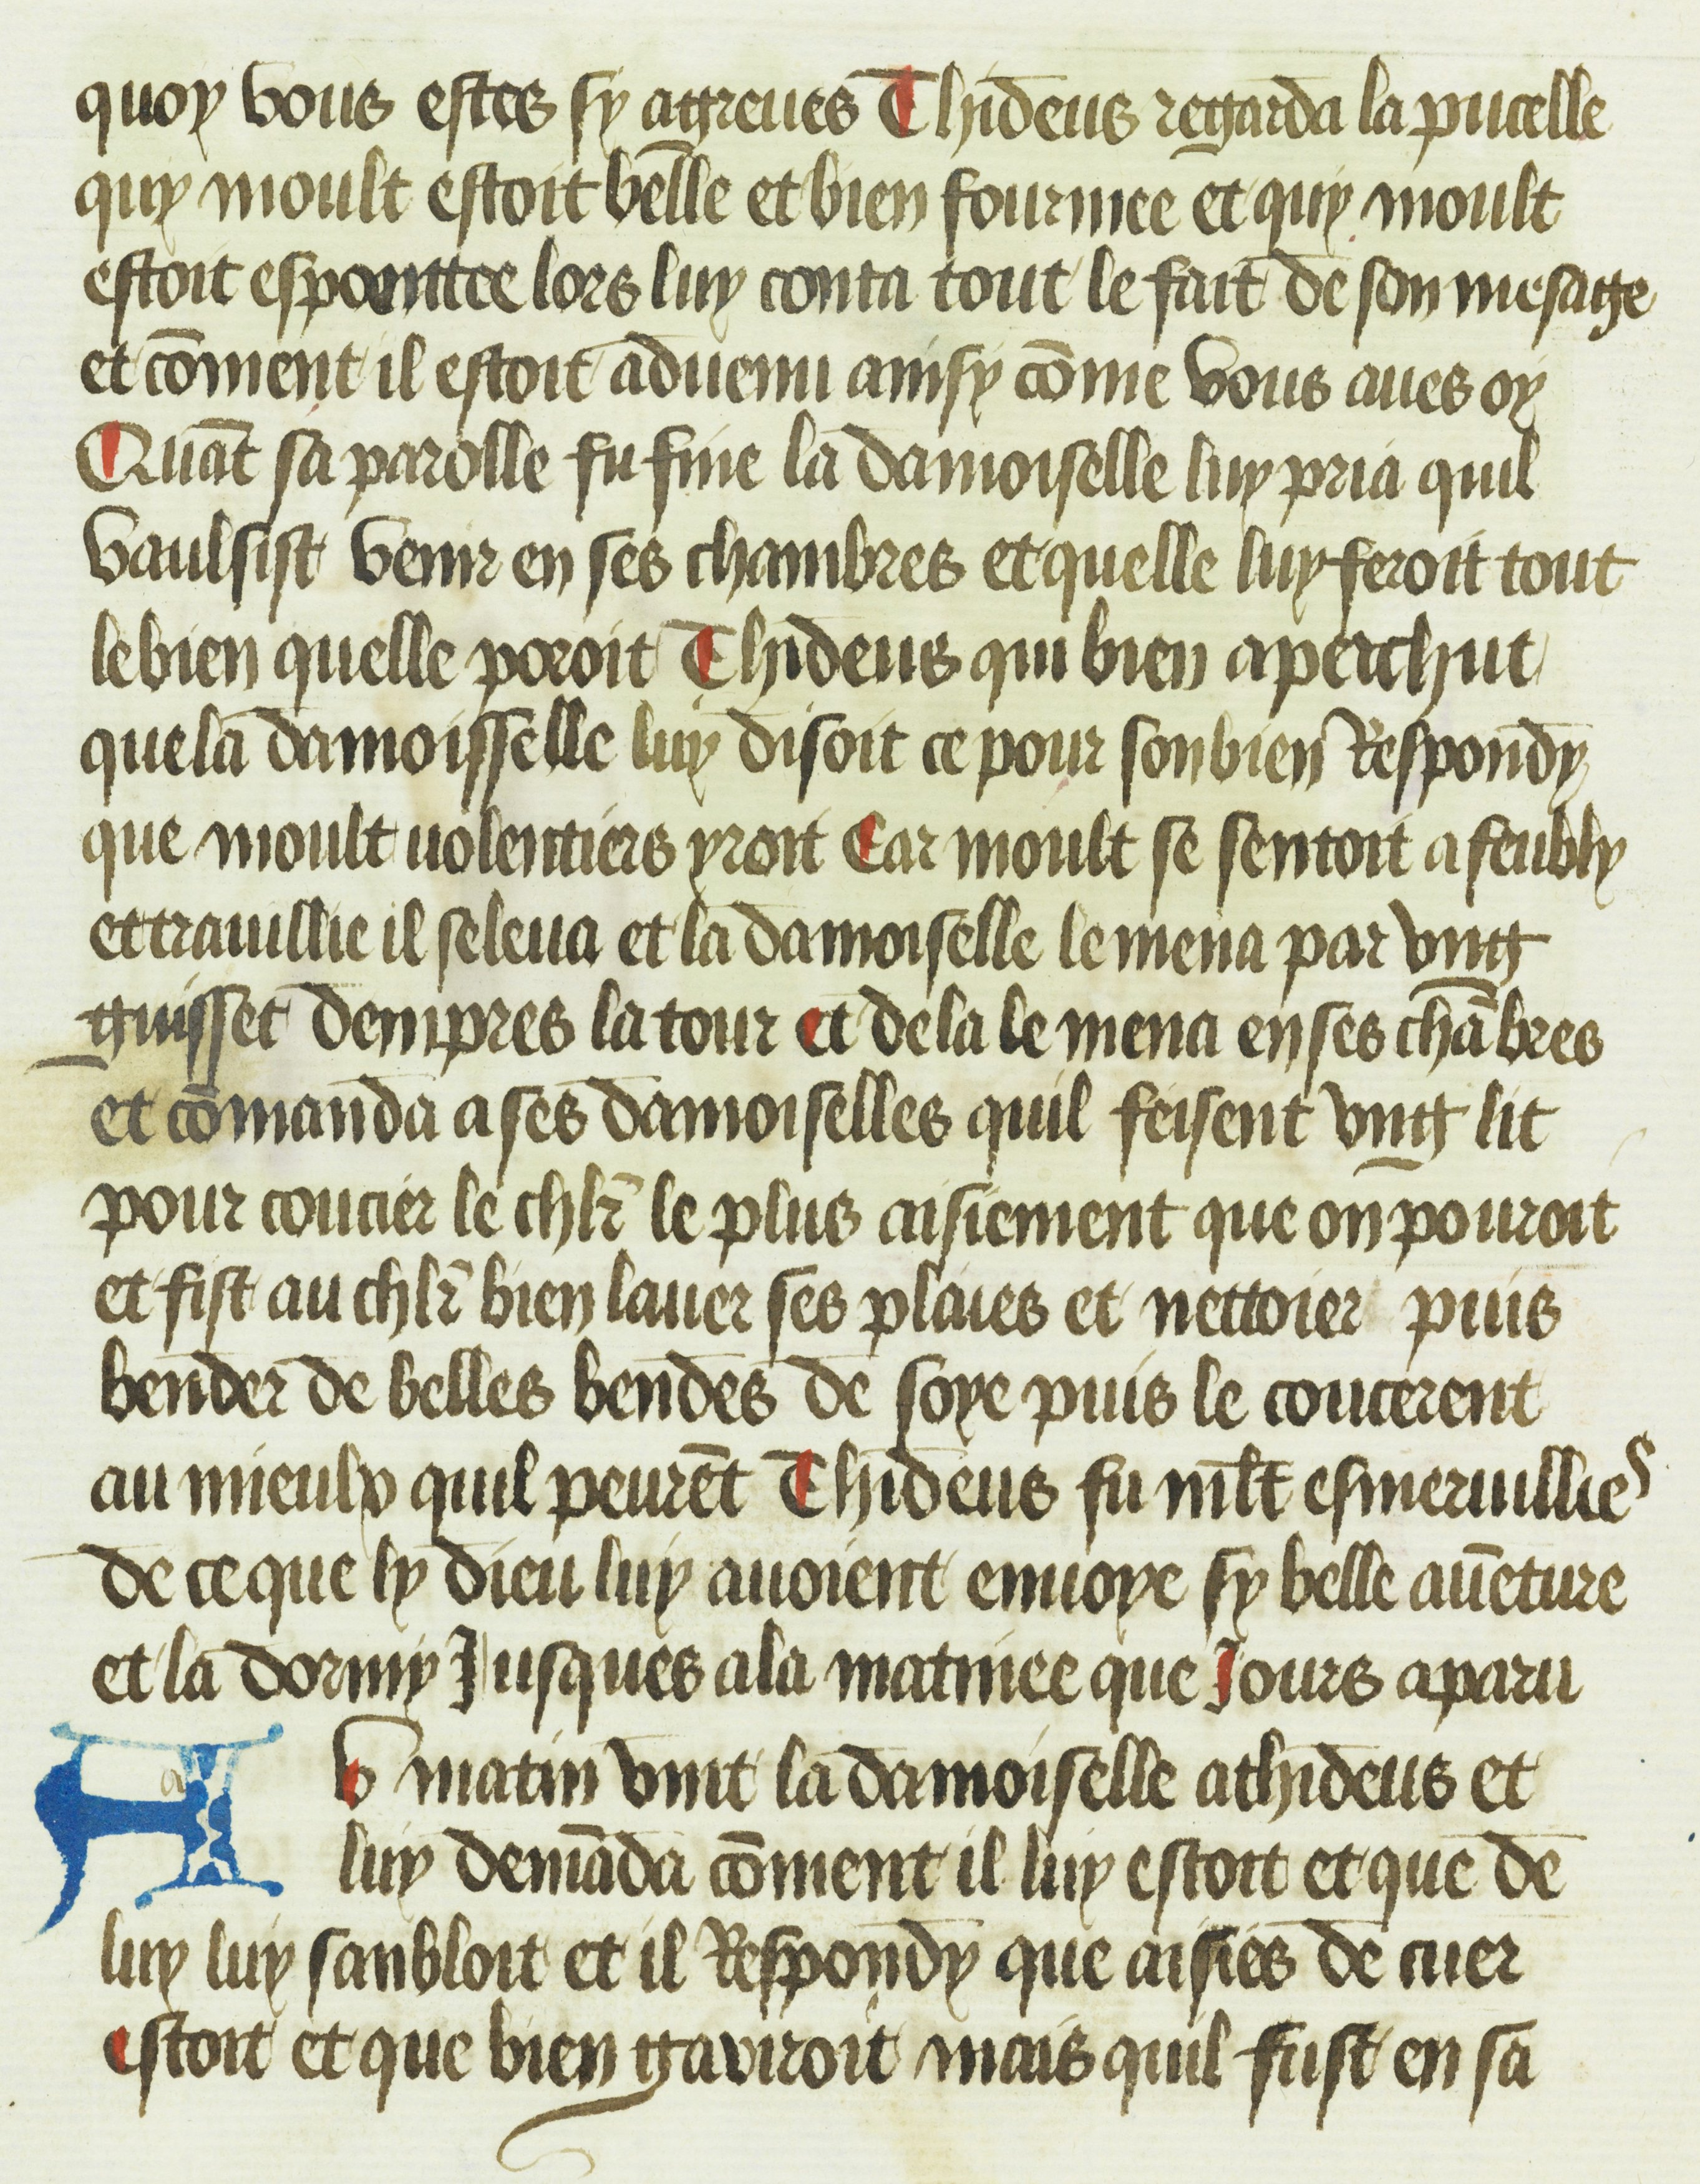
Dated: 1469–1469